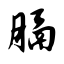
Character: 膈